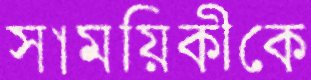
সাময়িকীকে